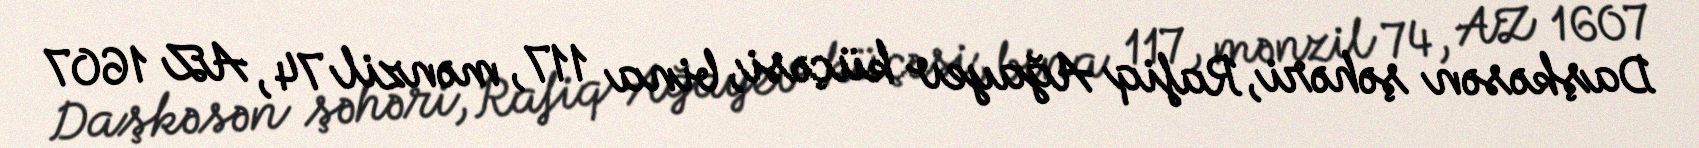
Daşkəsən şəhəri, Rafiq Ağayev küçəsi, bina 117, mənzil 74, AZ 1607